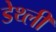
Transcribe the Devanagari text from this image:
डेथ्ली